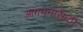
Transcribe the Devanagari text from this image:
आगमनासाठी